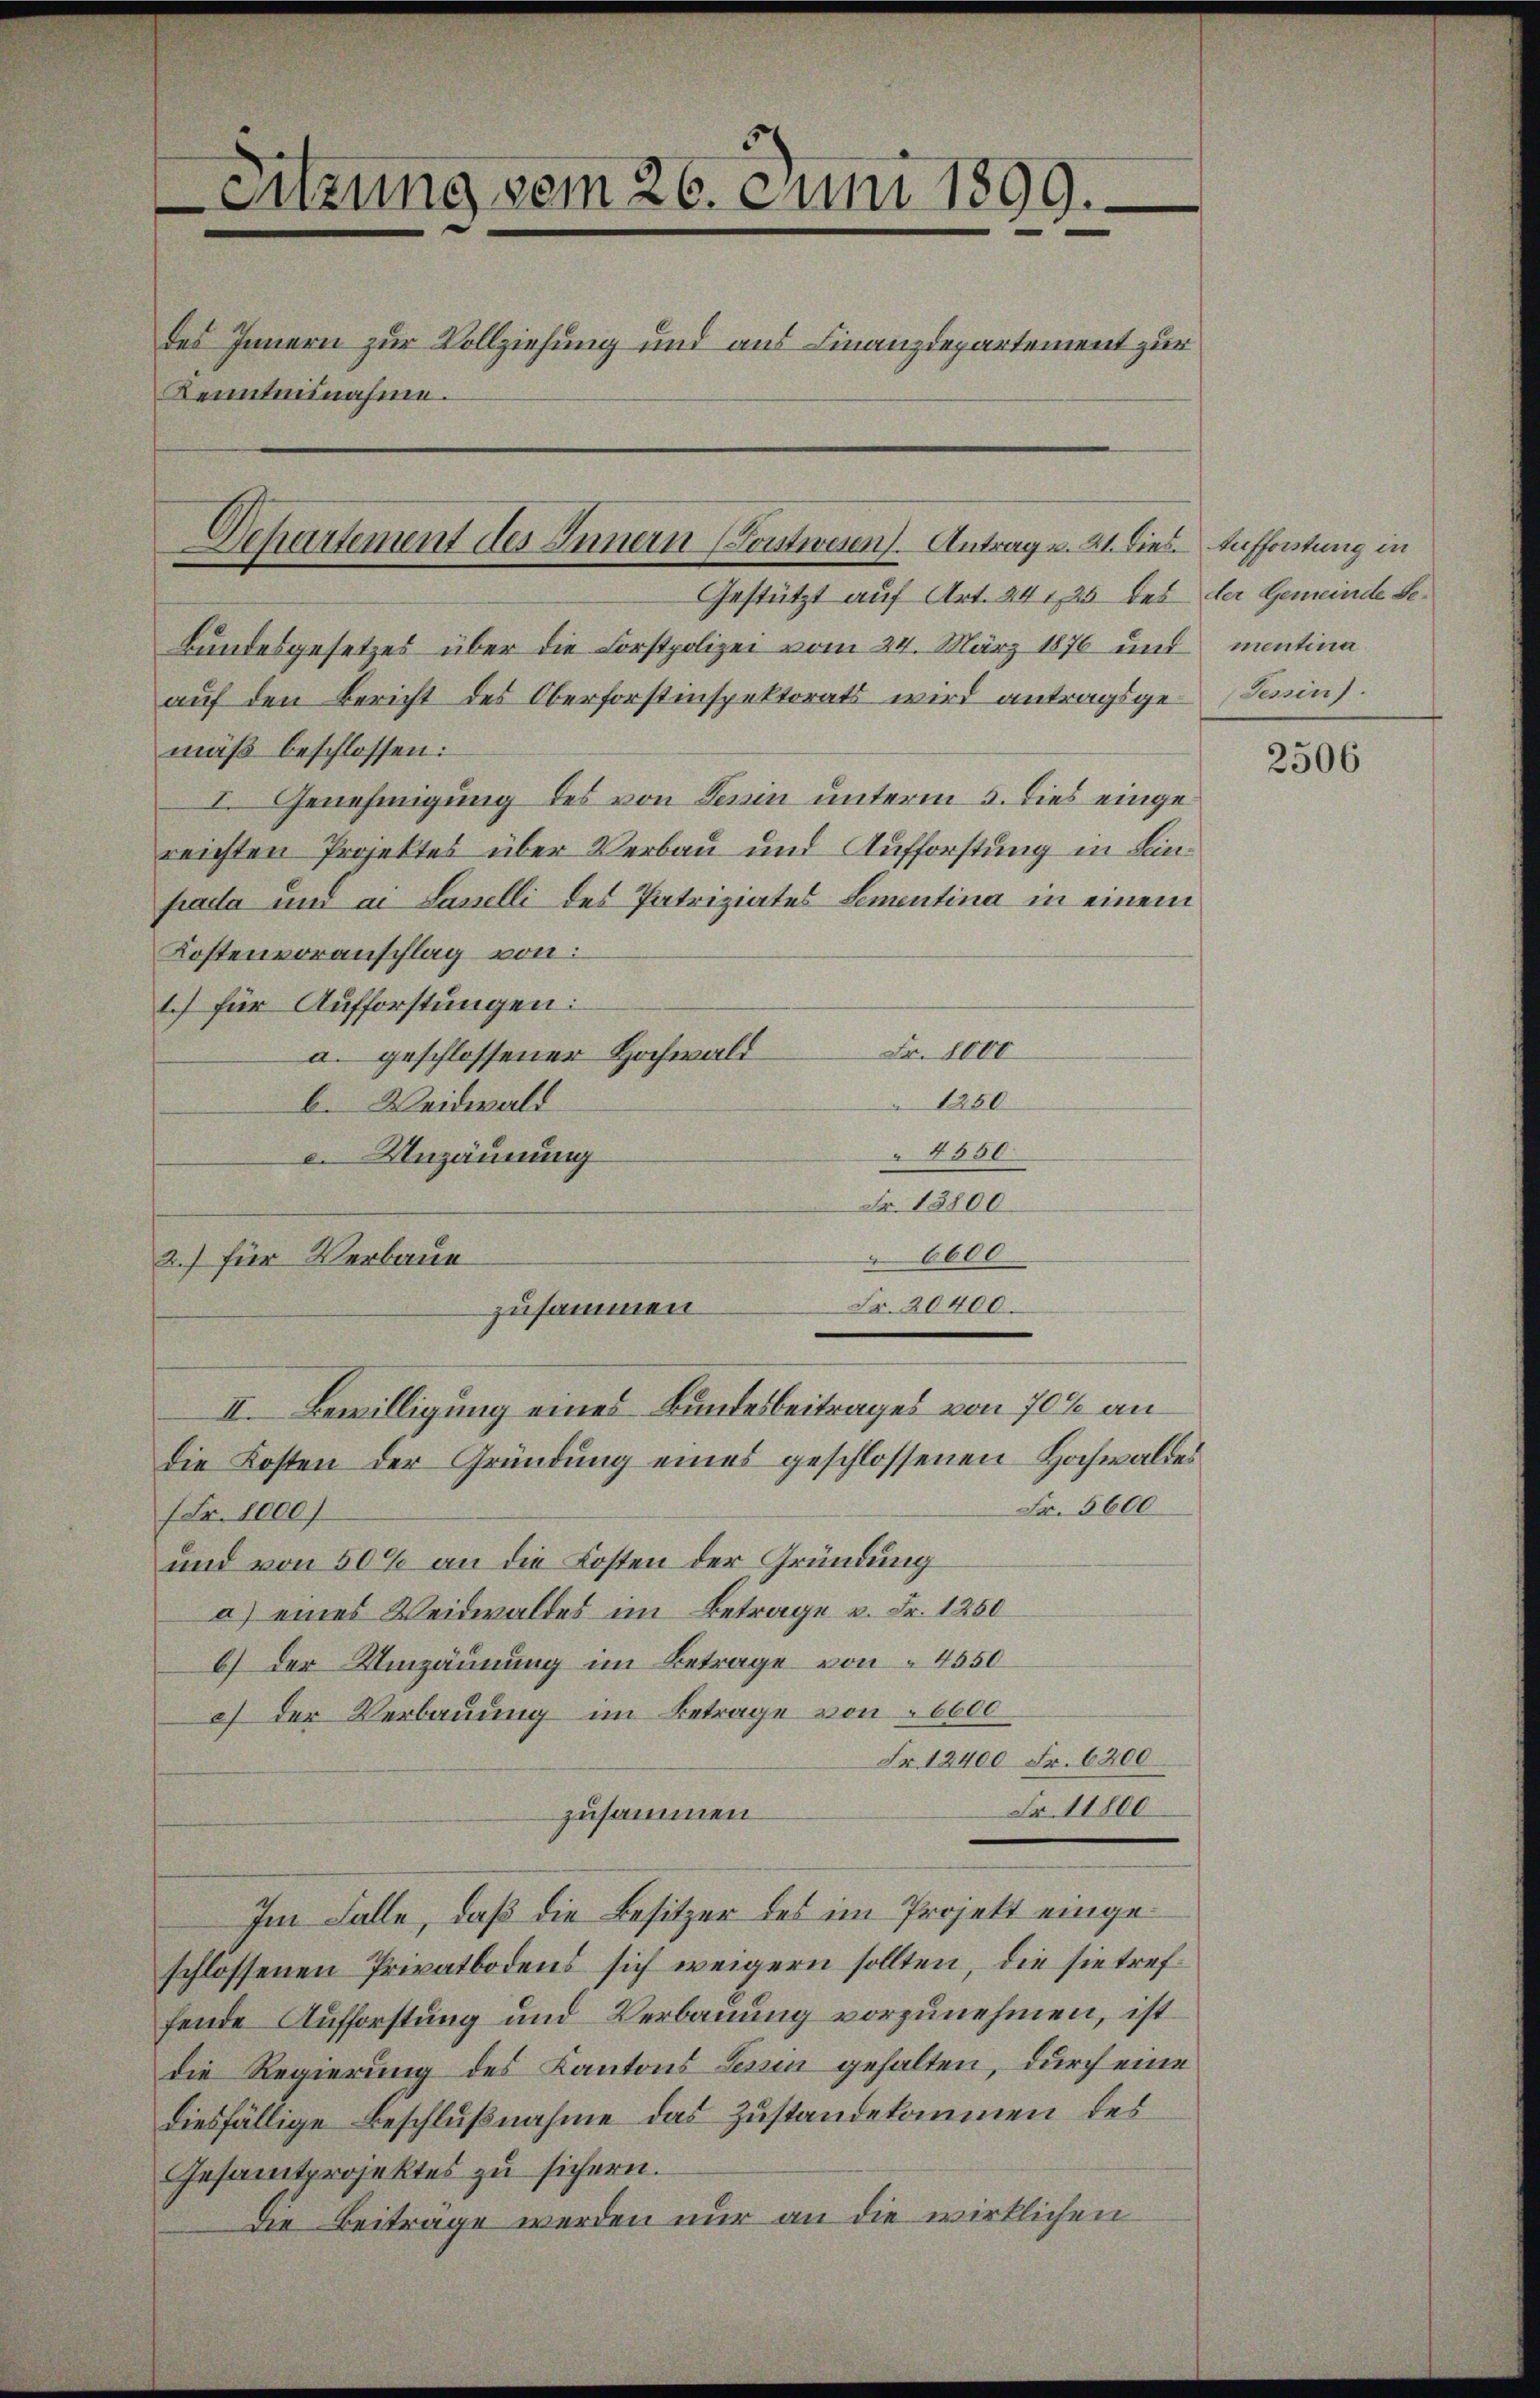
Sitzung vom 26. Juni 1899.
des Innern zur Vollziehung und aus Finanzdepartement zur
Kenntnisnahme.

Departement des Innern (Sonstwesen Antrag u. 21. dies. Aufforstung in

Gestützt auf Art. 241, 25 des der Gemeinde Se¬
Bundesgesetzes über die Forstpolizei vom 24. März 1876 und mentina
auf den Bericht des Oberforstinspektorats wird antragsge-Tessin.
mäß beschlossen:
I. Genehmigung des von Tessin unterm 5. Dies eingereichten Projektes über Verbau und Aufforstung in Leinpada und an Lasselli des Patriziates Sementina in einem
Kostenvoranschlag von:
1.) für Aufforstungen:
Fr. 1000
a. geschlossener Hochwald
1280
b. Weidwald
4550
.Unzäunung
Fr. 13800
6600
2.) für Verbaue

Fr. 20400.
zusammen.
II. Bewilligung eines Bundesbeitrages von 70% an

die Kosten der Gründung eines geschlossenen Hochwaldes
1 Fr. 1000f
und von 50% an die Kosten der Gründung
a) eines Weidwaldes im Betrage v. Fr. 1250
6) der Umzäunung im Betrage von 4550
) der Verbauung im Betrage von 6000
Fr. 12400 Fr. 6200
Fr. 11800
zusammen
Im Falle, daß die Besitzer des im Projekt eingeschlossenen Privatbodens sich weigern sollten, die sie treffende Aufforstung und Verbauung vorzunehmen, ist
die Regierung des Kantons Tessin gehalten, durch eine
diesfällige Beschlußnahme das Zustandekommen des
Gesamtprojektes zu sichern.
Die Beitrage werden nur an die wirklichen

Fr. 5600

2506